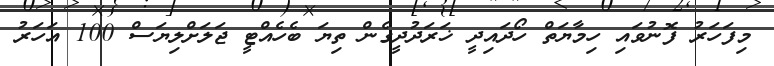
މިފަހަރު ފޮނުވައި ހިމާޔަތް ހޯދައިދީ ޚަރަދުދީގެން ތިޔަ ބެހެއްޓީ ޖަލަށްލިޔަސް 100 އަހަރު